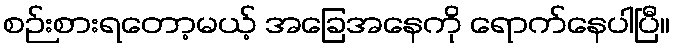
စဉ်းစားရတော့မယ့် အခြေအနေကို ရောက်နေပါပြီ။